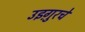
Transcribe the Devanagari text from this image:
उइग़ुरचे